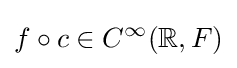
f\circ c\in C^{\infty }(\mathbb {R} ,F)